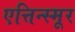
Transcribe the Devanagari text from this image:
एत्तिन्स्मूर